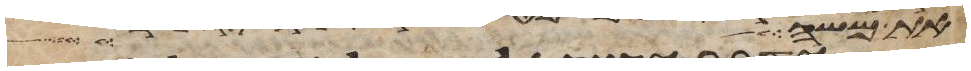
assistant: את משה בין איש